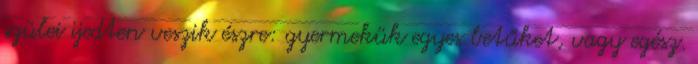
szülei ijedten veszik észre: gyermekük egyes betűket, vagy egész.